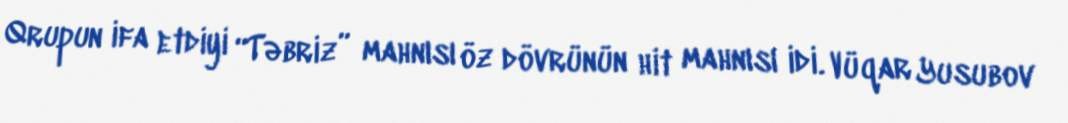
Qrupun ifa etdiyi “Təbriz” mahnısı öz dövrünün hit mahnısı idi. Vüqar Yusubov